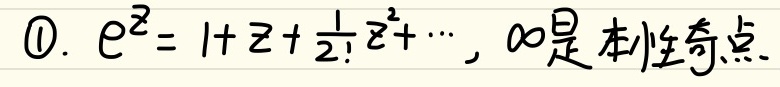
\textcircled{1}. \(e^{z}=1 + z+\frac{1}{2!}z^{2}+\cdots\)，\(\infty\)是本性奇点